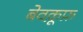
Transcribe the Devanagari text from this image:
बेवकू़फ़